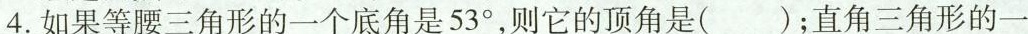
4.如果等腰三角形的一个底角是53°，则它的顶角是( )；直角三角形的一